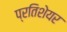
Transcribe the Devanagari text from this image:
प्रतिशेयर